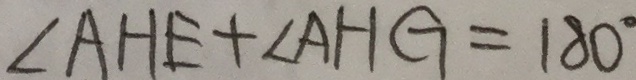
\angle A H E + \angle A H G = 1 8 0 ^ { \circ }